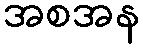
အစအန